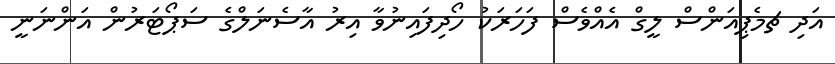
އަދި ޗމެޕިއަންސް ލީގް އެއްވެސް ފަހަރަކު ހޯދިފައިނުވާ އިރު އާސެނަލްގެ ސަޕޯޓަރުން އަންނަނީ